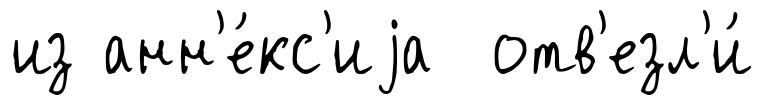
из анн'е́кс'иjа отв'езл'и́